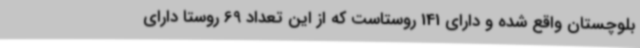
بلوچستان واقع شده و دارای 141 روستاست که از این تعداد 69 روستا دارای